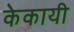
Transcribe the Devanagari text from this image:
केकायी